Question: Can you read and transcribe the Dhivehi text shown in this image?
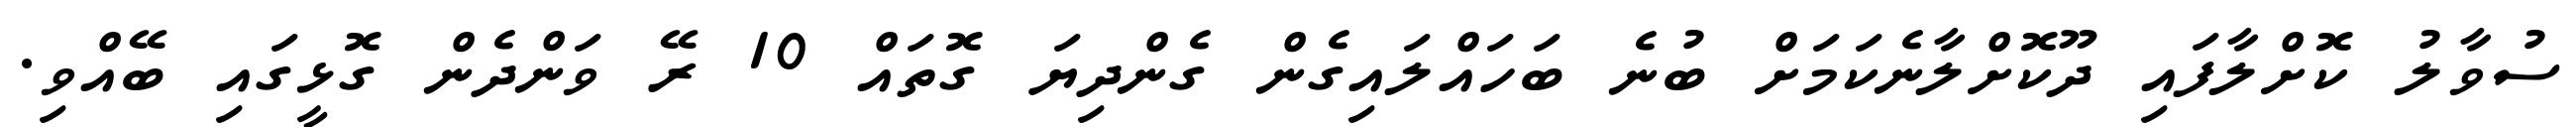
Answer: ސުވާލު ކޮށްލާފައި ދޫކޮށްލާނެކަމަށް ބުނެ ބަހައްލައިގެން ގެންދިޔަ ގޮތައް 10 ރޭ ވަންދެން ގޮޅީގައި ބޭއްވި.